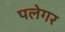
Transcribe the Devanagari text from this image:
पलेगर